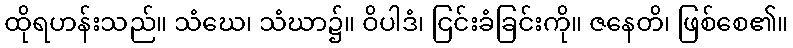
ထိုရဟန်းသည်။ သံဃေ၊ သံဃာ၌။ ဝိပါဒံ၊ ငြင်းခံခြင်းကို။ ဇနေတိ၊ ဖြစ်စေ၏။